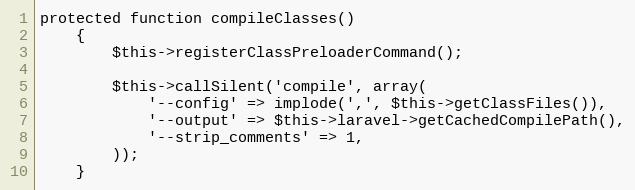
Language: PHP
protected function compileClasses()
	{
		$this->registerClassPreloaderCommand();

		$this->callSilent('compile', array(
			'--config' => implode(',', $this->getClassFiles()),
			'--output' => $this->laravel->getCachedCompilePath(),
			'--strip_comments' => 1,
		));
	}